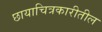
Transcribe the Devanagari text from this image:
छायाचित्रकारीतील